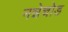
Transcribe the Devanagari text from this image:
नन्नेचोड